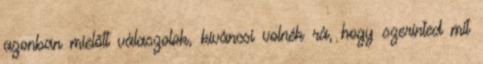
azonban mielőtt válaszolok, kíváncsi volnék rá, hogy szerinted mit